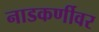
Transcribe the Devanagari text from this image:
नाडकर्णीवर